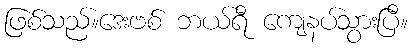
ဖြစ်သည်။ဒေးဗစ် ဘယ်ရီ ကျေနပ်သွားပြီ။